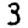
Digit: 3